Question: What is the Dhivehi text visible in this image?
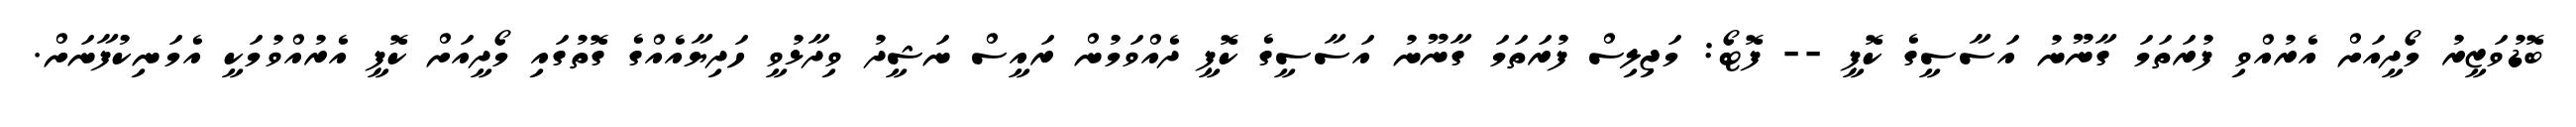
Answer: ބޮޑުވަޒީރު މޯދީއަށް އެރުއްވި ފުރަތަމަ ގާނޫނު އަސާސީގެ ކޮޕީ -- ފޮޓޯ: މަޖިލިސް ފުރަތަމަ ގާނޫނު އަސާސީގެ ކޮޕީ ދެއްވަމުން ރައީސް ނަޝީދު ވިދާޅުވީ ހަދިޔާއެއްގެ ގޮތުގައި މޯދީއަށް ކޮޕީ އެރުއްވުމަކީ އެމަނިކުފާނަށް.